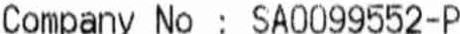
COMPANY NO : SA0099552-P